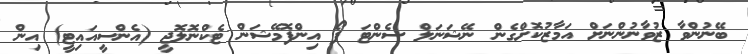
ބޭނުންވާ ޒުވާނުންނަށް އަމާޒުކޮށްގެން ނޭޝަނަލް ސެންޓަ ފޯ އިންފޮމޭޝަން ޓެކްނޮލޮޖީ (އެންސީއައިޓީ) އިން